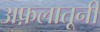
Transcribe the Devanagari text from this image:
अफ़लातूनी